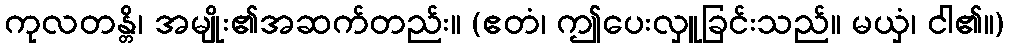
ကုလတန္တိ၊ အမျိုး၏အဆက်တည်း။ (ဧတံ၊ ဤပေးလှူခြင်းသည်။ မယှံ၊ ငါ၏။)